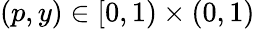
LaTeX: (p,y)\in[0,1)\times(0,1)